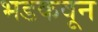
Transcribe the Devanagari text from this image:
भडकवून